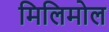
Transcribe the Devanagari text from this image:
मिलिमोल